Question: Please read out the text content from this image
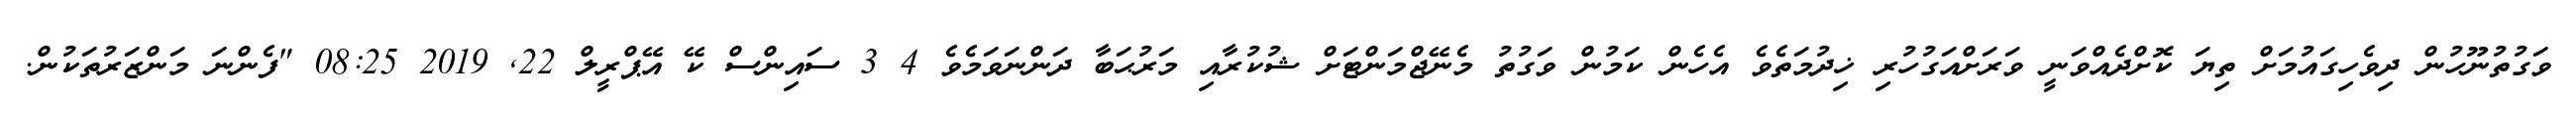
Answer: ވަގުތުނޫހުން ދިވެހިގައުމަށް ތިޔަ ކޮށްދެއްވަނީ ވަރަށްއަގުހުރި ޚިދުމަތެވެ އެހެން ކަމުން ވަގުތު މެނޭޖްމަންޓަށް ޝުކުރާއި މަރުޙަބާ ދަންނަވަމެވެ 4 3 ސައިންސް ކޭ އޭޕްރީލް 22, 2019 08:25 "ފެންނަ މަންޒަރުތަކުން.